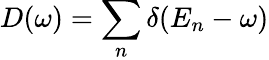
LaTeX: D(\omega)=\sum_{n}\delta(E_{n}-\omega)